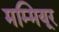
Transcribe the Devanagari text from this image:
मम्मियूर